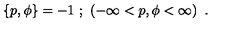
\left\{ p , \phi \right\} = - 1 \ ; \ \left( - \infty < p , \phi < \infty \right) \ .